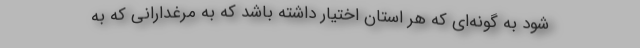
شود به گونه‌ای که هر استان اختیار داشته باشد که به مرغدارانی که به